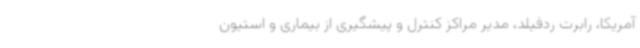
آمریکا، رابرت ردفیلد، مدیر مراکز کنترل و پیشگیری از بیماری و استیون